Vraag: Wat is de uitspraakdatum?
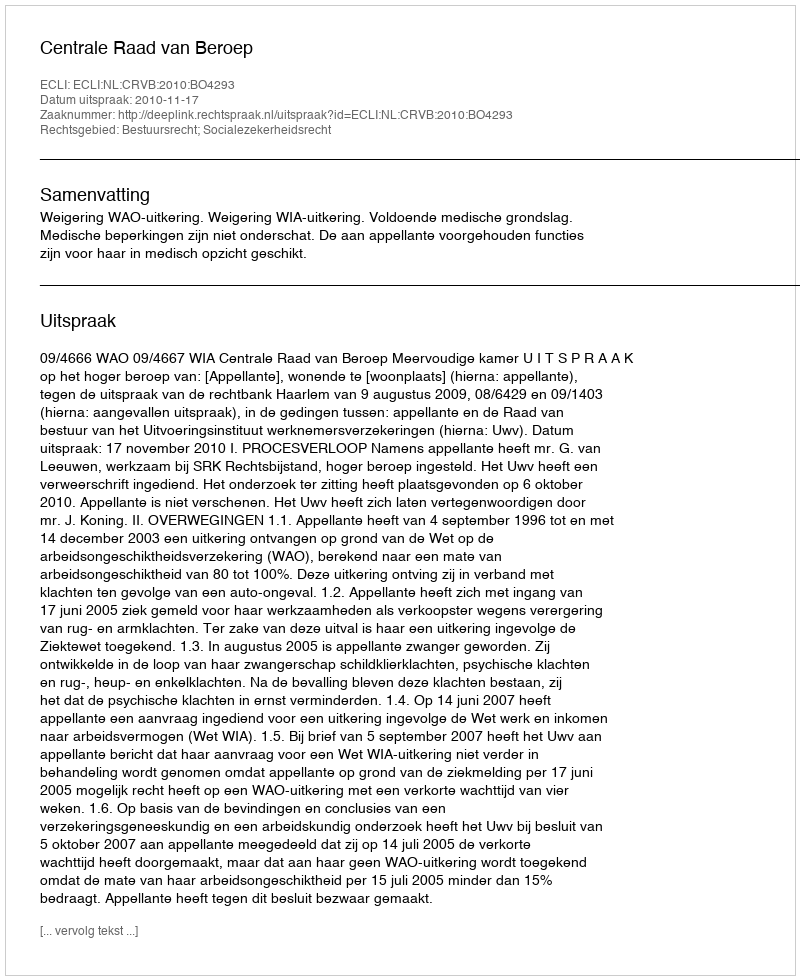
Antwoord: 2010-11-17